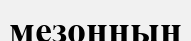
мезонның